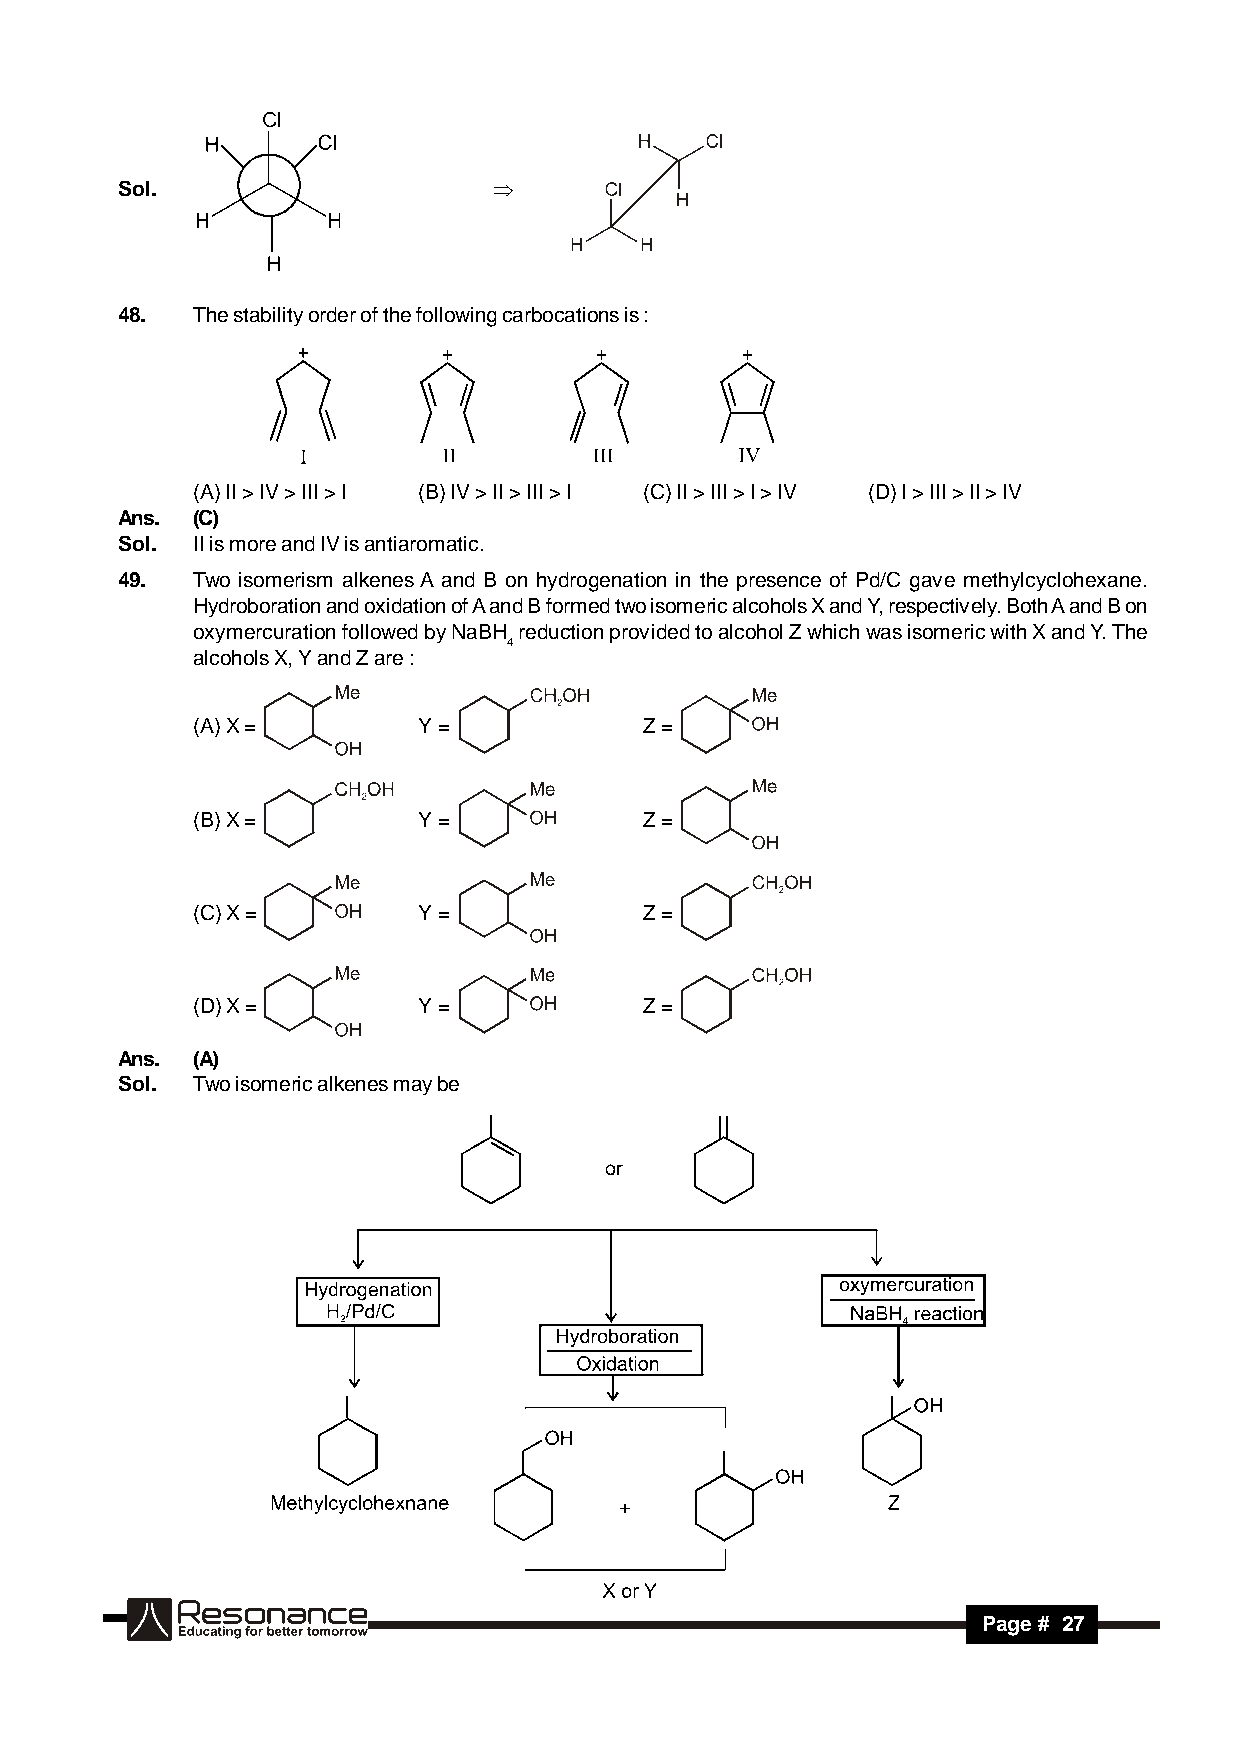
Sol.                     
 48.  The stability order of the following carbocations is :
 (A) II > IV > III > I (B) IV > II > III > I (C) II > III > I > IV (D) I > III > II > IV
 Ans. (C)
 Sol. II is more and IV is antiaromatic.
 49.  Two isomerism alkenes A and B on hydrogenation in the presence of Pd/C gave methylcyclohexane.
 Hydroboration and oxidation of A and B formed two isomeric alcohols X and Y, respectively. Both A and B on
 oxymercuration followed by NaBH reduction provided to alcohol Z which was isomeric with X and Y. The
 4
 alcohols X, Y and Z are :
 (A) X =        Y =            Z =
 (B) X =        Y =            Z =
 (C) X =        Y =            Z =
 (D) X =        Y =            Z =
 Ans. (A)
 Sol. Two isomeric alkenes may be
 RESONANCE
 Page # 27